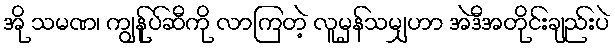
အို သမဏ၊ ကျွန်ုပ်ဆီကို လာကြတဲ့ လူမှန်သမျှဟာ အဲဒီအတိုင်းချည်းပဲ